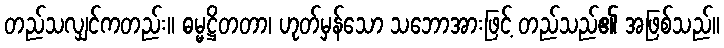
တည်သလျှင်ကတည်း။ ဓမ္မဋ္ဌိတတာ၊ ဟုတ်မှန်သော သဘောအားဖြင့် တည်သည်၏ အဖြစ်သည်။